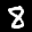
Label: 8